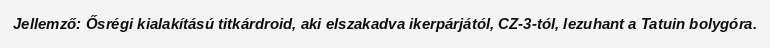
Jellemző: Ősrégi kialakítású titkárdroid, aki elszakadva ikerpárjától, CZ-3-tól, lezuhant a Tatuin bolygóra.